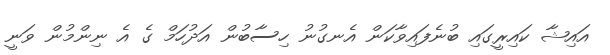
އައިޝާ ކައިރީގައި ބުނެފައިވާކަން އެނގުނު ހިސާބުން އަދުހަމް ގެ އެ ނިންމުން ވަނީ